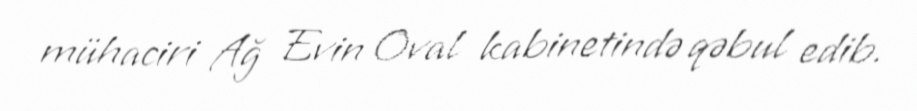
mühaciri Ağ Evin Oval kabinetində qəbul edib.